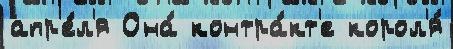
апр'е́л'я Она́ контра́кт'е корол'я́